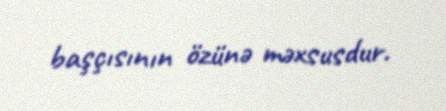
başçısının özünə məxsusdur.